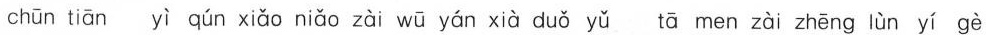
chūn tiān yì qún xiǎo niǎo zài wū yán xià duǒ yǔ tā men zài zhēng lùn yí gè